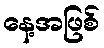
နေ့အဖြစ်